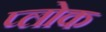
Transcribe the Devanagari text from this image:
प्लोक